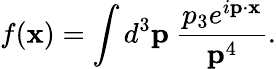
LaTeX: f({\mathbf x})=\int d^{3}{\mathbf p}~\frac{p_{3}e^{i{\mathbf p}\cdot{\mathbf x}}}{{\mathbf p}^{4}}.